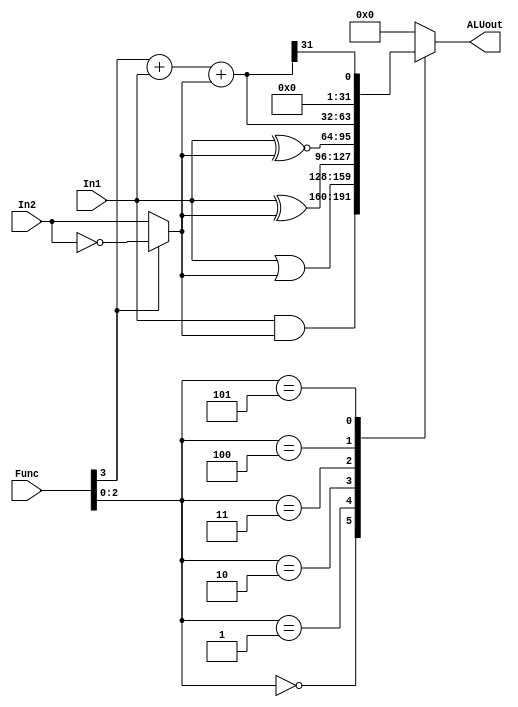
/*
*
*/
module ALU (input [31:0] In1, In2, input [3:0] Func, output reg [31:0] ALUout);
	wire [31:0] BInput;
	wire [31:0] sum;
	wire cout, cin, overflow, zero;

	assign BInput = Func[3] ? ~In2 : In2; //If(Func[3])-> BInput = ~In2, else BInput = In2
	assign {cout, sum} = Func[3]+ In1 + BInput;

	always @ (*) begin
		case (Func[2:0])
			3'b000 : ALUout <= In1 & BInput ; //AND
			3'b001 : ALUout <= In1 | BInput ; //OR
			3'b010 : ALUout <= In1 ^ BInput;  //XOR
			3'b011 : ALUout <= In1 ~^ BInput; //XNOR
			3'b100 : ALUout <= sum;           //ADD
			3'b101 : ALUout <= {31'd0, sum[31]}; //SLT or Zero?
			default: ALUout <= 0;
		endcase
	end
	assign zero = (ALUout == 0) ;

endmodule